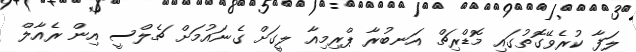
ލަފާ ކުރެވޭގޮތުގައި މޮޑްރިޗް އަނބުރާ ޕްރިމިއާ ލީގަށް ގެނައުމަށް ޗެލްސީ އިން ރެއާލް